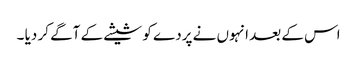
اس کے بعد انہوں نے پردے کو شیشے کے آگے کر دیا ۔